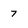
Character: 7